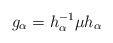
LaTeX: \begin{align*} g_\alpha=h^{-1}_\alpha \mu h_\alpha\end{align*}